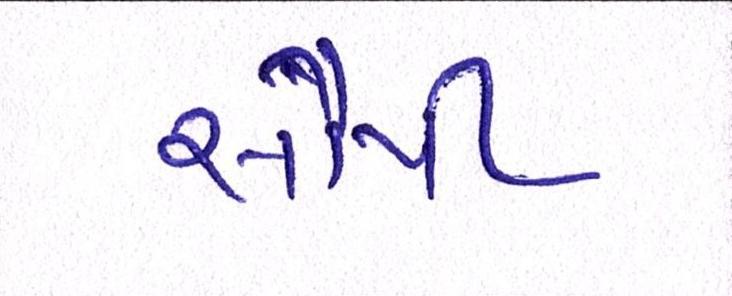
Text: સોપી